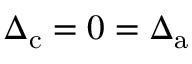
\Delta _ { \mathrm { c } } = 0 = \Delta _ { \mathrm { a } }